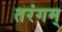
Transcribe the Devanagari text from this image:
तरंगम्